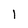
Character: 1